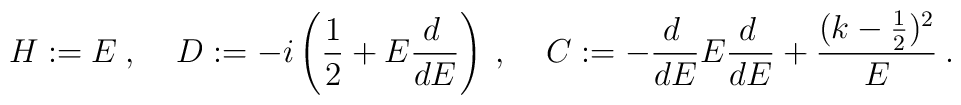
H := E \:,\:\:\:\:\:D := -i\left(\frac{1}{2} + E\frac{d \:}{d E}\right)\:, \:\:\:\:\:C := -\frac{d \:}{d E} E\frac{d \:}{d E} +\frac{(k-\frac{1}{2})^2}{E}\:.